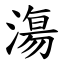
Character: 漡